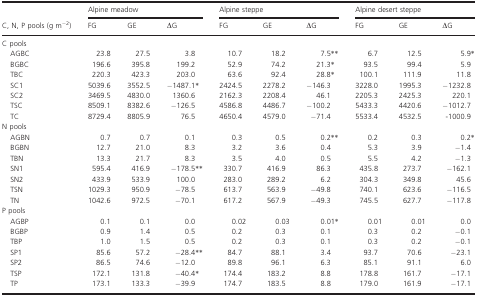
<table><thead><tr><td rowspan="2"><b>C, N, P pools (g m<sup>−2</sup>)</b></td><td colspan="3"><b>Alpine meadow</b></td><td colspan="3"><b>Alpine steppe</b></td><td colspan="3"><b>Alpine desert steppe</b></td></tr><tr><td><b>FG</b></td><td><b>GE</b></td><td><b>ΔG</b></td><td><b>FG</b></td><td><b>GE</b></td><td><b>ΔG</b></td><td><b>FG</b></td><td><b>GE</b></td><td><b>ΔG</b></td></tr></thead><tbody><tr><td colspan="10">C pools</td></tr><tr><td>AGBC</td><td>23.8</td><td>27.5</td><td>3.8</td><td>10.7</td><td>18.2</td><td>7.5**</td><td>6.7</td><td>12.5</td><td>5.9*</td></tr><tr><td>BGBC</td><td>196.6</td><td>395.8</td><td>199.2</td><td>52.9</td><td>74.2</td><td>21.3*</td><td>93.5</td><td>99.4</td><td>5.9</td></tr><tr><td>TBC</td><td>220.3</td><td>423.3</td><td>203.0</td><td>63.6</td><td>92.4</td><td>28.8*</td><td>100.1</td><td>111.9</td><td>11.8</td></tr><tr><td>SC1</td><td>5039.6</td><td>3552.5</td><td>−1487.1*</td><td>2424.5</td><td>2278.2</td><td>−146.3</td><td>3228.0</td><td>1995.3</td><td>−1232.8</td></tr><tr><td>SC2</td><td>3469.5</td><td>4830.0</td><td>1360.6</td><td>2162.3</td><td>2208.4</td><td>46.1</td><td>2205.3</td><td>2425.3</td><td>220.1</td></tr><tr><td>TSC</td><td>8509.1</td><td>8382.6</td><td>−126.5</td><td>4586.8</td><td>4486.7</td><td>−100.2</td><td>5433.3</td><td>4420.6</td><td>−1012.7</td></tr><tr><td>TC</td><td>8729.4</td><td>8805.9</td><td>76.5</td><td>4650.4</td><td>4579.0</td><td>−71.4</td><td>5533.4</td><td>4532.5</td><td>‐1000.9</td></tr><tr><td colspan="10">N pools</td></tr><tr><td>AGBN</td><td>0.7</td><td>0.7</td><td>0.1</td><td>0.3</td><td>0.5</td><td>0.2**</td><td>0.2</td><td>0.3</td><td>0.2*</td></tr><tr><td>BGBN</td><td>12.7</td><td>21.0</td><td>8.3</td><td>3.2</td><td>3.6</td><td>0.4</td><td>5.3</td><td>3.9</td><td>−1.4</td></tr><tr><td>TBN</td><td>13.3</td><td>21.7</td><td>8.3</td><td>3.5</td><td>4.0</td><td>0.5</td><td>5.5</td><td>4.2</td><td>−1.3</td></tr><tr><td>SN1</td><td>595.4</td><td>416.9</td><td>−178.5**</td><td>330.7</td><td>416.9</td><td>86.3</td><td>435.8</td><td>273.7</td><td>−162.1</td></tr><tr><td>SN2</td><td>433.9</td><td>533.9</td><td>100.0</td><td>283.0</td><td>289.2</td><td>6.2</td><td>304.3</td><td>349.8</td><td>45.6</td></tr><tr><td>TSN</td><td>1029.3</td><td>950.9</td><td>−78.5</td><td>613.7</td><td>563.9</td><td>−49.8</td><td>740.1</td><td>623.6</td><td>−116.5</td></tr><tr><td>TN</td><td>1042.6</td><td>972.5</td><td>−70.1</td><td>617.2</td><td>567.9</td><td>−49.3</td><td>745.5</td><td>627.7</td><td>−117.8</td></tr><tr><td colspan="10">P pools</td></tr><tr><td>AGBP</td><td>0.1</td><td>0.1</td><td>0.0</td><td>0.02</td><td>0.03</td><td>0.01*</td><td>0.01</td><td>0.01</td><td>0.0</td></tr><tr><td>BGBP</td><td>0.9</td><td>1.4</td><td>0.5</td><td>0.2</td><td>0.3</td><td>0.1</td><td>0.3</td><td>0.2</td><td>−0.1</td></tr><tr><td>TBP</td><td>1.0</td><td>1.5</td><td>0.5</td><td>0.2</td><td>0.3</td><td>0.1</td><td>0.3</td><td>0.2</td><td>−0.1</td></tr><tr><td>SP1</td><td>85.6</td><td>57.2</td><td>−28.4**</td><td>84.7</td><td>88.1</td><td>3.4</td><td>93.7</td><td>70.6</td><td>−23.1</td></tr><tr><td>SP2</td><td>86.5</td><td>74.6</td><td>−12.0</td><td>89.8</td><td>96.1</td><td>6.3</td><td>85.1</td><td>91.1</td><td>6.0</td></tr><tr><td>TSP</td><td>172.1</td><td>131.8</td><td>−40.4*</td><td>174.4</td><td>183.2</td><td>8.8</td><td>178.8</td><td>161.7</td><td>−17.1</td></tr><tr><td>TP</td><td>173.1</td><td>133.3</td><td>−39.9</td><td>174.7</td><td>183.5</td><td>8.8</td><td>179.0</td><td>161.9</td><td>−17.1</td></tr></tbody></table>